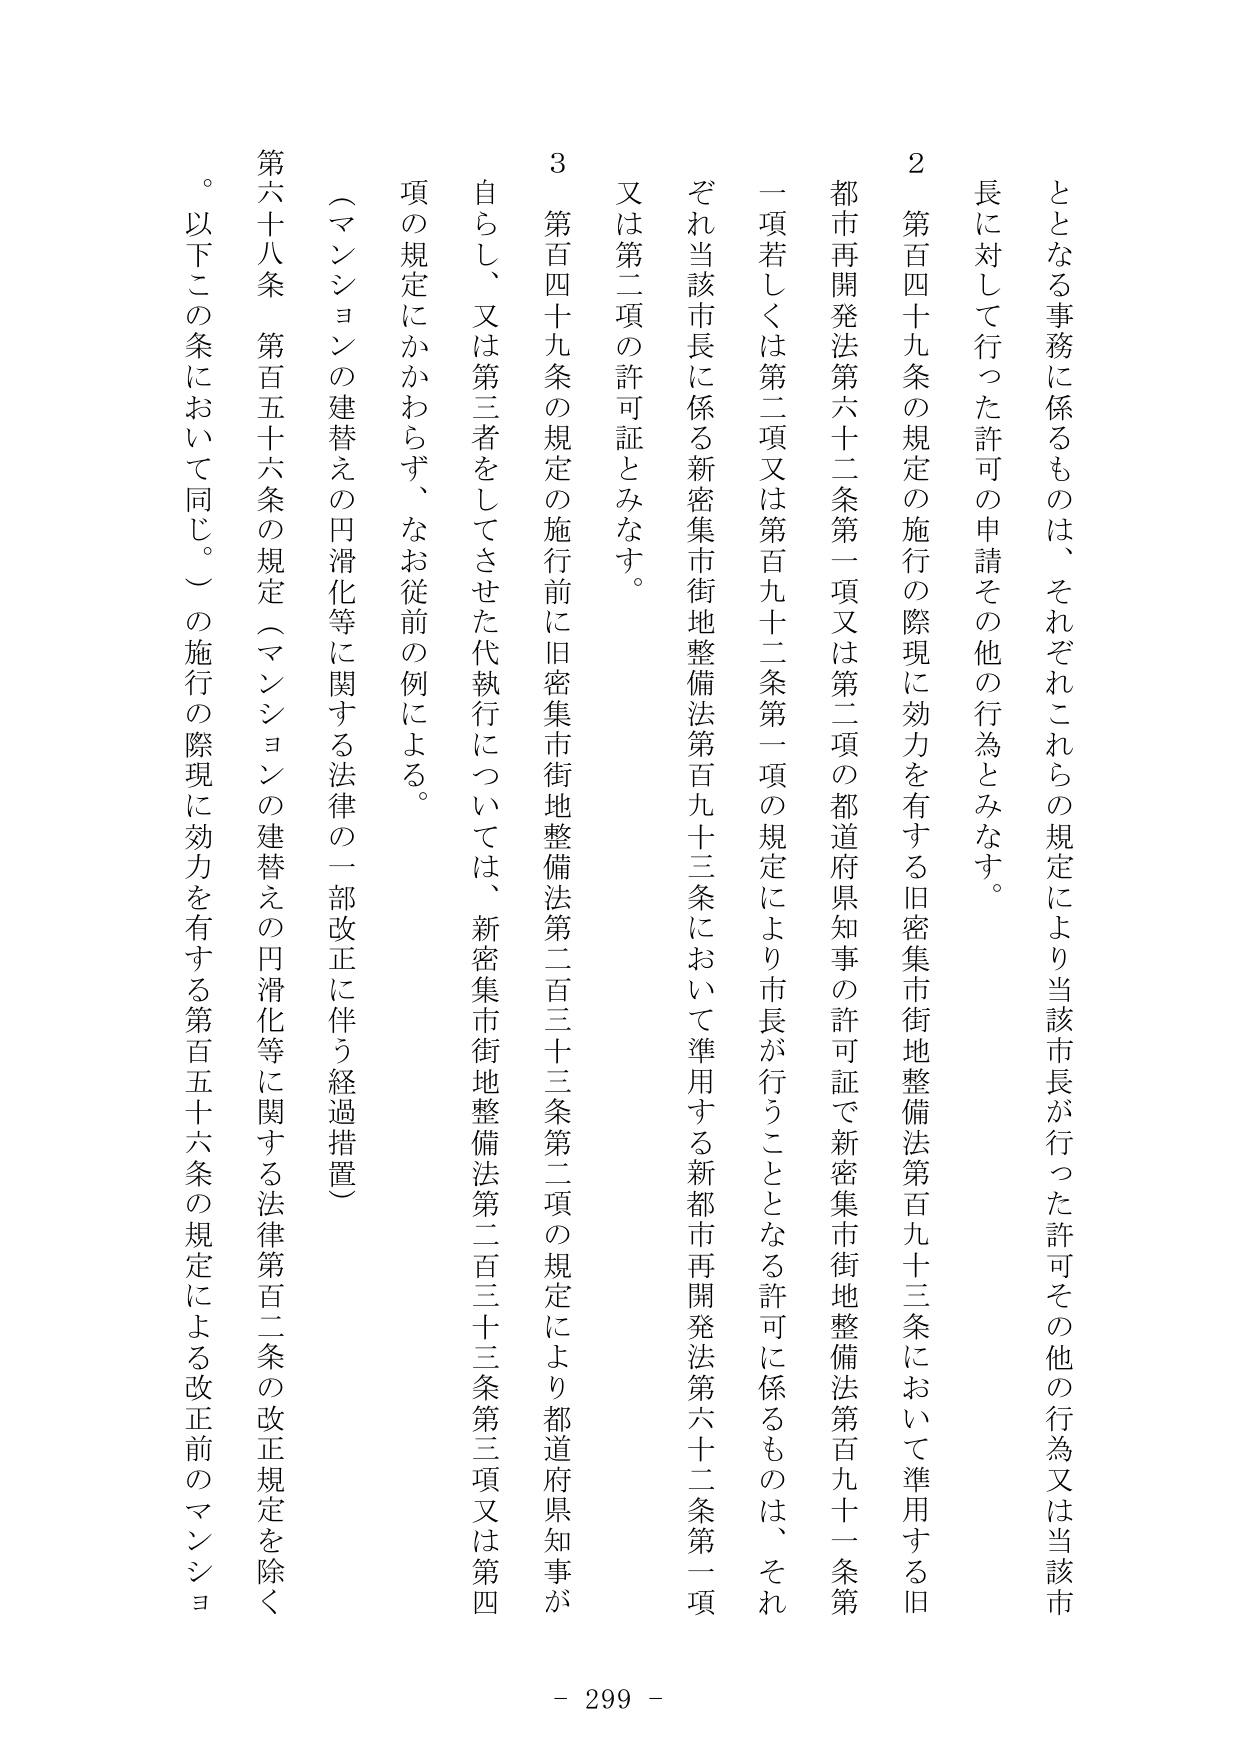
となる事務に係るもの は、それぞれこれら の規定により当該市長が行った許可その他の行為又は当該市
長に対して行った許可の申請その他の行為とみなす。
2 第百四十九条の規定の施行の際現に効力を有する旧密集市街地整備法第百九十三条において準用する旧
都市再開発法第六十二条第一項又は第二項の都道府県知事の許可証で新密集市街地整備法第百九十一条第
一項若しくは第二項又は第百九十二条第一項の規定により市長が行うこととなる許可に係るものは、それ
ぞれ当該市長に係る新密集市街地整備法第百九十三条において準用する新都市再開発法第六十二条第一項
又は第二項の許可証とみなす。
3 第百四十九条の規定の施行前に旧密集市街地整備法第二百三十三条第二項の規定により都道府県知事が
自らし、又は第三者をしてさせた代執行については、新密集市街地整備法第二百三十三条第三項又は第四
項の規定にかかわらず、なお従前の例による。
（マンションの建替えの円滑化等に関する法律の一部改正に伴う経過措置）
第六十八条 第百五十六条の規定（マンションの建替えの円滑化等に関する法律第百二条の改正規定を除く
。以下この条において同じ。）の施行の際現に効力を有する第百五十六条の規定による改正前のマンショ
- 299 -